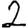
Digit: 2